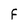
Character: F